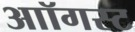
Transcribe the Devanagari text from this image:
आॉगस्ट